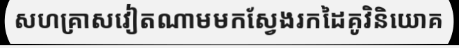
សហគ្រាសវៀតណាមមកស្វែងរកដៃគូវិនិយោគ